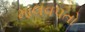
માલવપતો